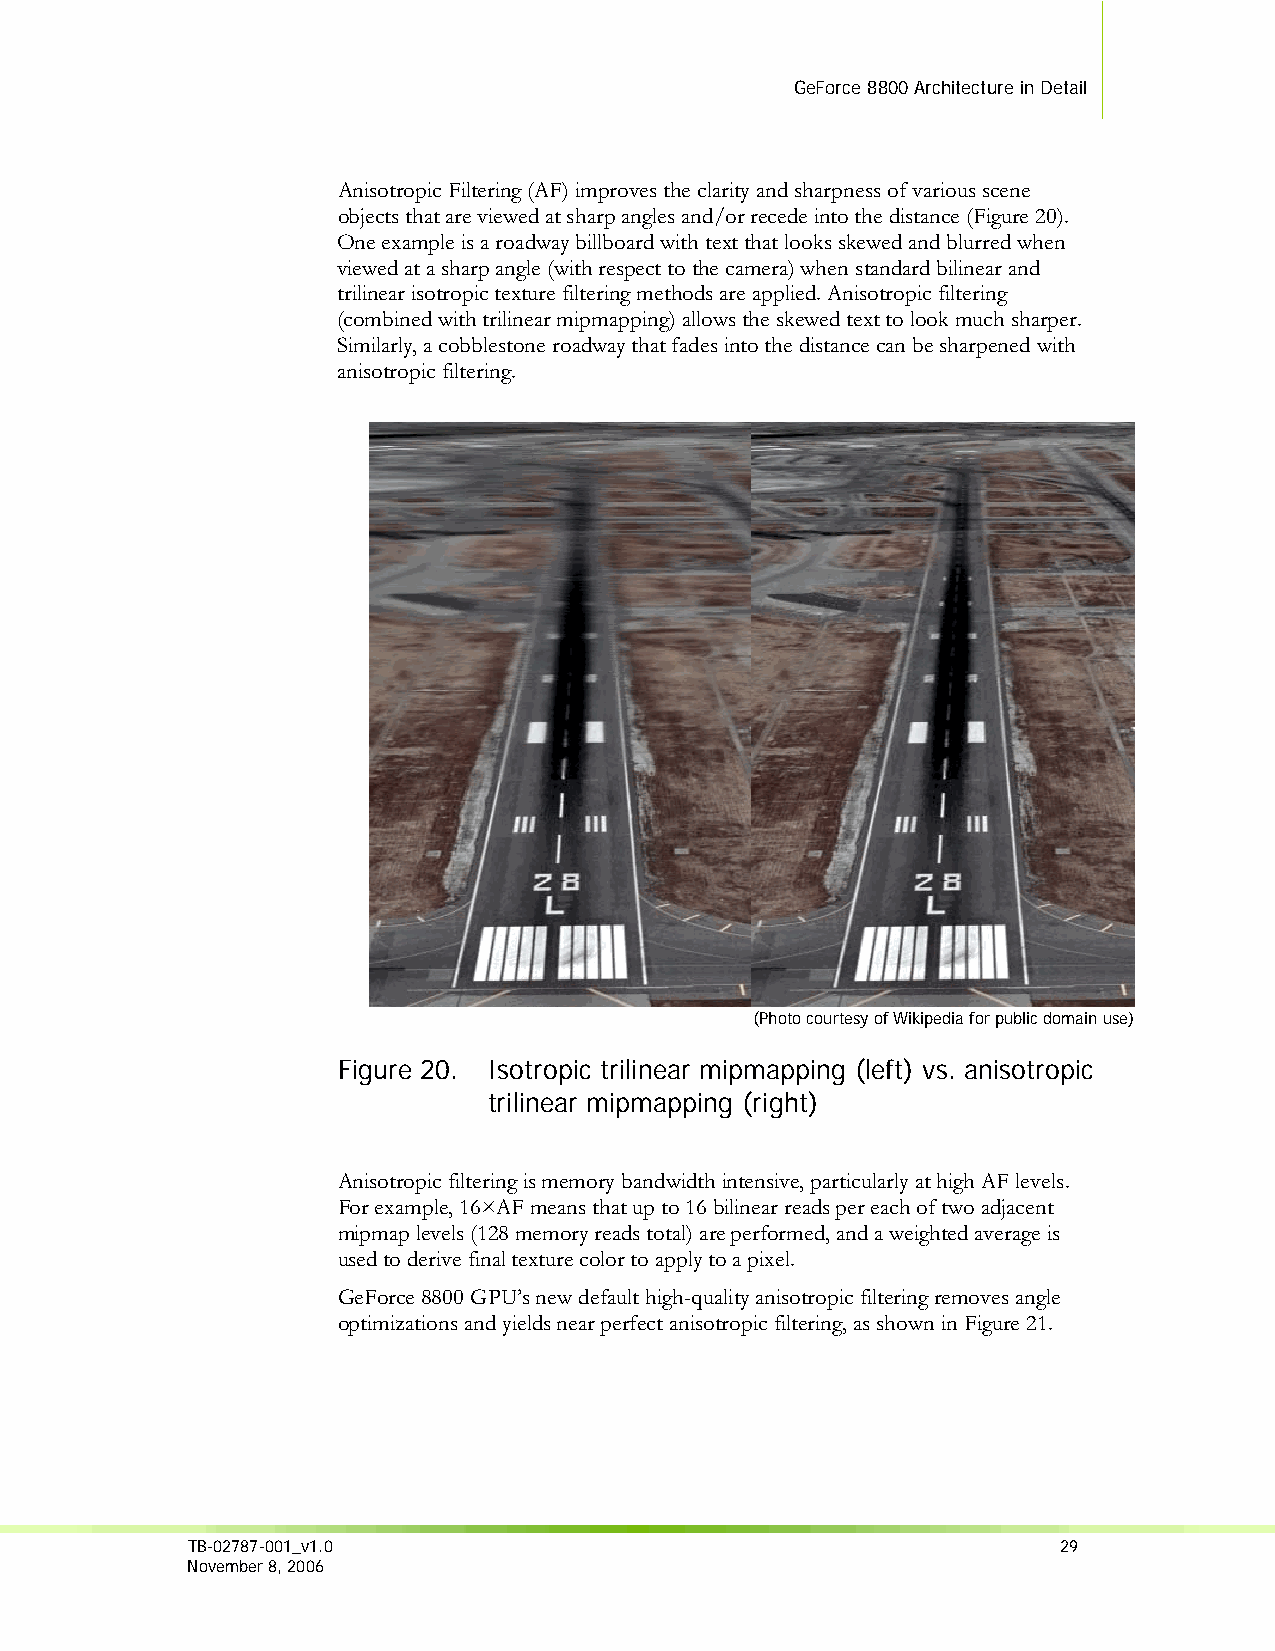
GeForce 8800 Architecture in Detail
 Anisotropic Filtering (AF) improves the clarity and sharpness of various scene
 objects that are viewed at sharp angles and/or recede into the distance (Figure 20).
 One example is a roadway billboard with text that looks skewed and blurred when
 viewed at a sharp angle (with respect to the camera) when standard bilinear and
 trilinear isotropic texture filtering methods are applied. Anisotropic filtering
 (combined with trilinear mipmapping) allows the skewed text to look much sharper.
 Similarly, a cobblestone roadway that fades into the distance can be sharpened with
 anisotropic filtering.
 (Photo courtesy of Wikipedia for public domain use)
 Figure 20. Isotropic trilinear mipmapping (left) vs. anisotropic
 trilinear mipmapping (right)
 Anisotropic filtering is memory bandwidth intensive, particularly at high AF levels.
 For example, 16×AF means that up to 16 bilinear reads per each of two adjacent
 mipmap levels (128 memory reads total) are performed, and a weighted average is
 used to derive final texture color to apply to a pixel.
 GeForce 8800 GPU’s new default high-quality anisotropic filtering removes angle
 optimizations and yields near perfect anisotropic filtering, as shown in Figure 21.
 TB-02787-001_v1.0                                         29
 November 8, 2006